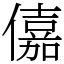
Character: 𠏼